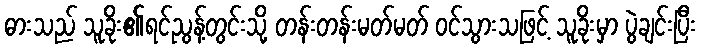
ဓားသည် သူခိုး၏ရင်ညွန့်တွင်းသို့ တန်းတန်းမတ်မတ် ဝင်သွားသဖြင့် သူခိုးမှာ ပွဲချင်းပြီး